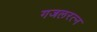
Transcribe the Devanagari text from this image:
गजलरत्‍न